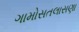
ગામોસતલાસણા